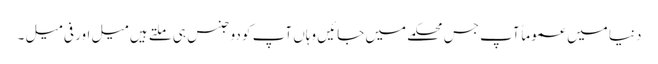
دنیا میں عموماً آپ جس محکمے میں جائیں وہاں آپ کو دو جنس ہی ملتے ہیں میل اور فی میل ۔